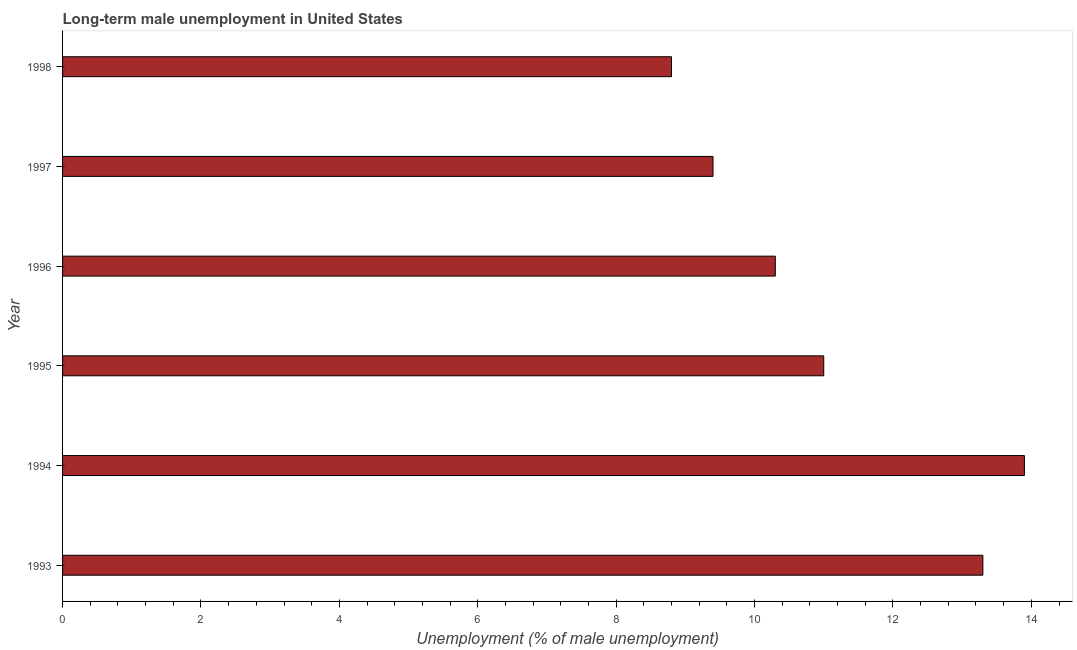
| Year | Long-term unemployment male |
 | --- | --- |
 | 1993 | 13.3 |
 | 1994 | 13.9 |
 | 1995 | 11 |
 | 1996 | 10.3 |
 | 1997 | 9.4 |
 | 1998 | 8.8 |